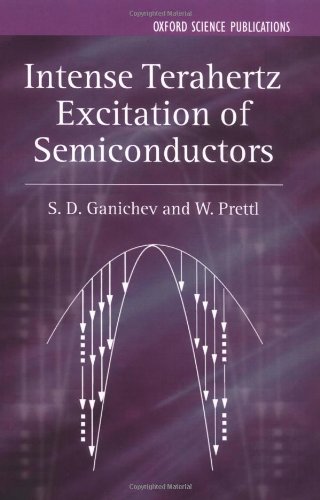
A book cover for Intense Terahertz Excitation of Semiconductors (Series on Semiconductor Science and Technology); S. G. Ganichev; Science & Math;